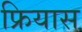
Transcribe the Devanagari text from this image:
फ्रियास